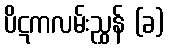
ပိဋကလမ်းညွှန် (ခ)